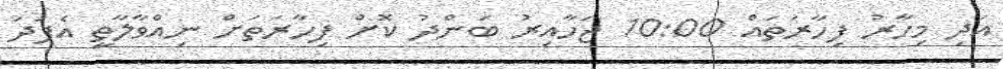
އަދި މިހާރު ފިހާރަތައް 10:00 ޖަހާއިރު ބަންދު ކޮށް ފިހާރަތަށް ނިއްވާލާތީ އެފަދަ